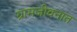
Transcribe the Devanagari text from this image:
ग्रामजीवनात